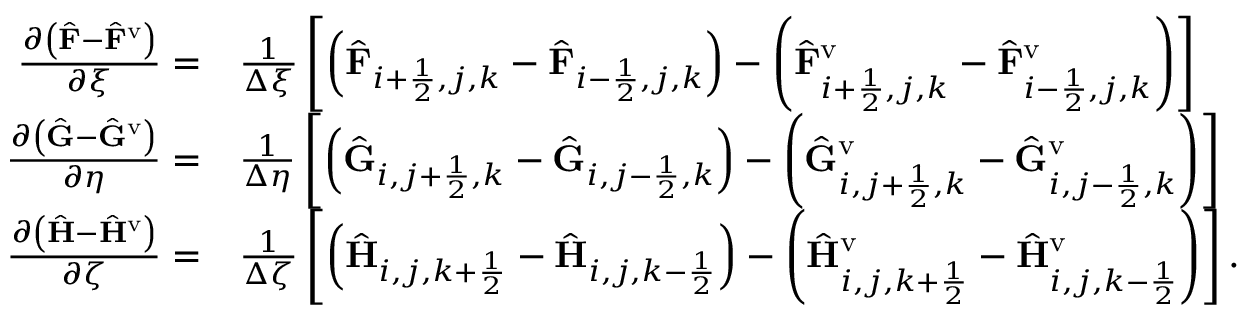
\begin{array} { r l } { \frac { \partial \left( \hat { \mathbf { F } } - \hat { \mathbf { F } } ^ { \mathrm { v } } \right) } { \partial \xi } = } & { \frac { 1 } { \Delta \xi } \left[ \left( \hat { \mathbf { F } } _ { i + \frac { 1 } { 2 } , j , k } - \hat { \mathbf { F } } _ { i - \frac { 1 } { 2 } , j , k } \right) - \left( \hat { \mathbf { F } } _ { i + \frac { 1 } { 2 } , j , k } ^ { \mathrm { v } } - \hat { \mathbf { F } } _ { i - \frac { 1 } { 2 } , j , k } ^ { \mathrm { v } } \right) \right] } \\ { \frac { \partial \left( \hat { \mathbf { G } } - \hat { \mathbf { G } } ^ { \mathrm { v } } \right) } { \partial \eta } = } & { \frac { 1 } { \Delta \eta } \left[ \left( \hat { \mathbf { G } } _ { i , j + \frac { 1 } { 2 } , k } - \hat { \mathbf { G } } _ { i , j - \frac { 1 } { 2 } , k } \right) - \left( \hat { \mathbf { G } } _ { i , j + \frac { 1 } { 2 } , k } ^ { \mathrm { v } } - \hat { \mathbf { G } } _ { i , j - \frac { 1 } { 2 } , k } ^ { \mathrm { v } } \right) \right] } \\ { \frac { \partial \left( \hat { \mathbf { H } } - \hat { \mathbf { H } } ^ { \mathrm { v } } \right) } { \partial \zeta } = } & { \frac { 1 } { \Delta \zeta } \left[ \left( \hat { \mathbf { H } } _ { i , j , k + \frac { 1 } { 2 } } - \hat { \mathbf { H } } _ { i , j , k - \frac { 1 } { 2 } } \right) - \left( \hat { \mathbf { H } } _ { i , j , k + \frac { 1 } { 2 } } ^ { \mathrm { v } } - \hat { \mathbf { H } } _ { i , j , k - \frac { 1 } { 2 } } ^ { \mathrm { v } } \right) \right] . } \end{array}